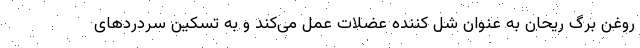
روغن برگ ریحان به عنوان شل کننده عضلات عمل می‌کند و به تسکین سردرد‌های